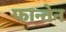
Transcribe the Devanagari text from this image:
फान्तेन